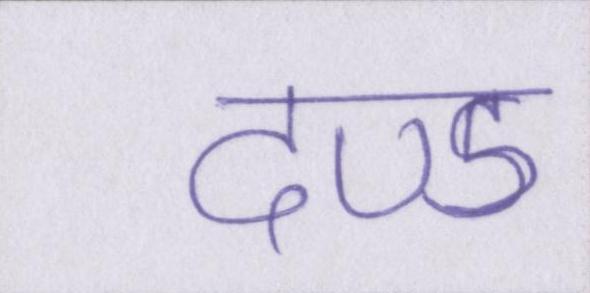
दण्ड